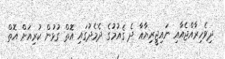
ދިވެހިރާއްޖެއާއި ނައިޖީރިޔާއާ ދެ ޤައުމުގެ ދެމެދުގައި އޮތް ގުޅުން ކުރިއަށް އޮތް